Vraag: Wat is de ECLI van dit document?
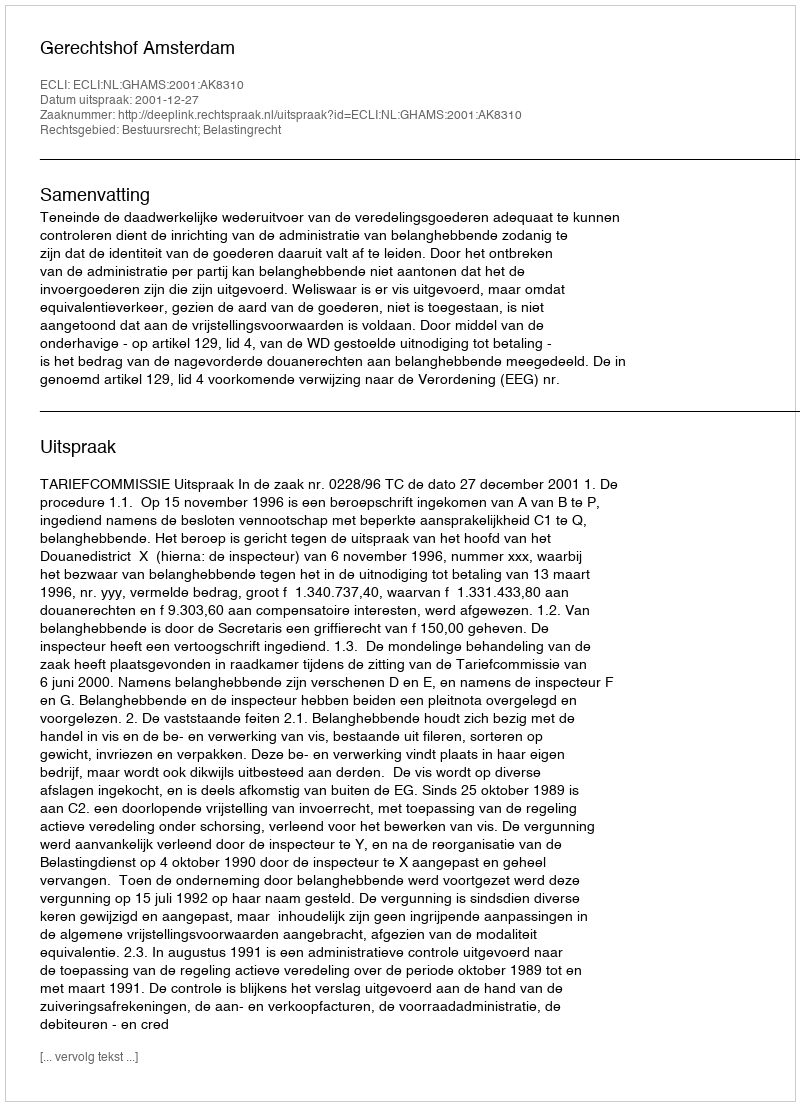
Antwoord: ECLI:NL:GHAMS:2001:AK8310